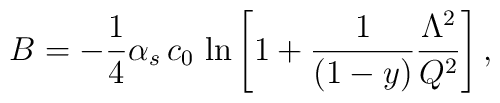
B= - {1\over4}\alpha_s\,c_0\,    \ln{\left[1+{1\over(1-y)} {\Lambda^2\over Q^2}\right]}\,,